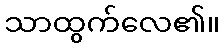
သာထွက်လေ၏။